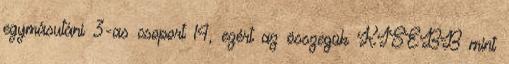
egymásutáni 3-as csoport 14, ezért az összegük KISEBB mint